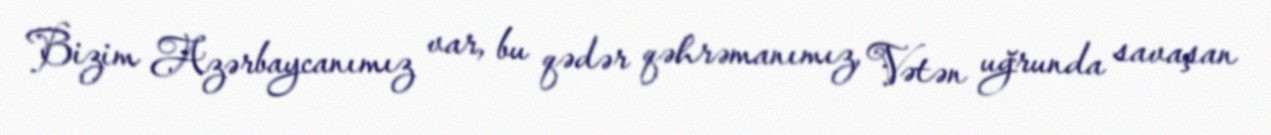
Bizim Azərbaycanımız var, bu qədər qəhrəmanımız, Vətən uğrunda savaşan